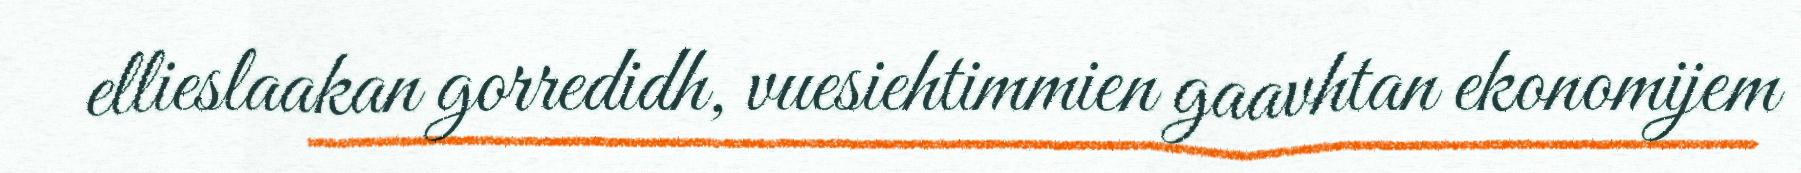
ellieslaakan gorredidh, vuesiehtimmien gaavhtan ekonomijem